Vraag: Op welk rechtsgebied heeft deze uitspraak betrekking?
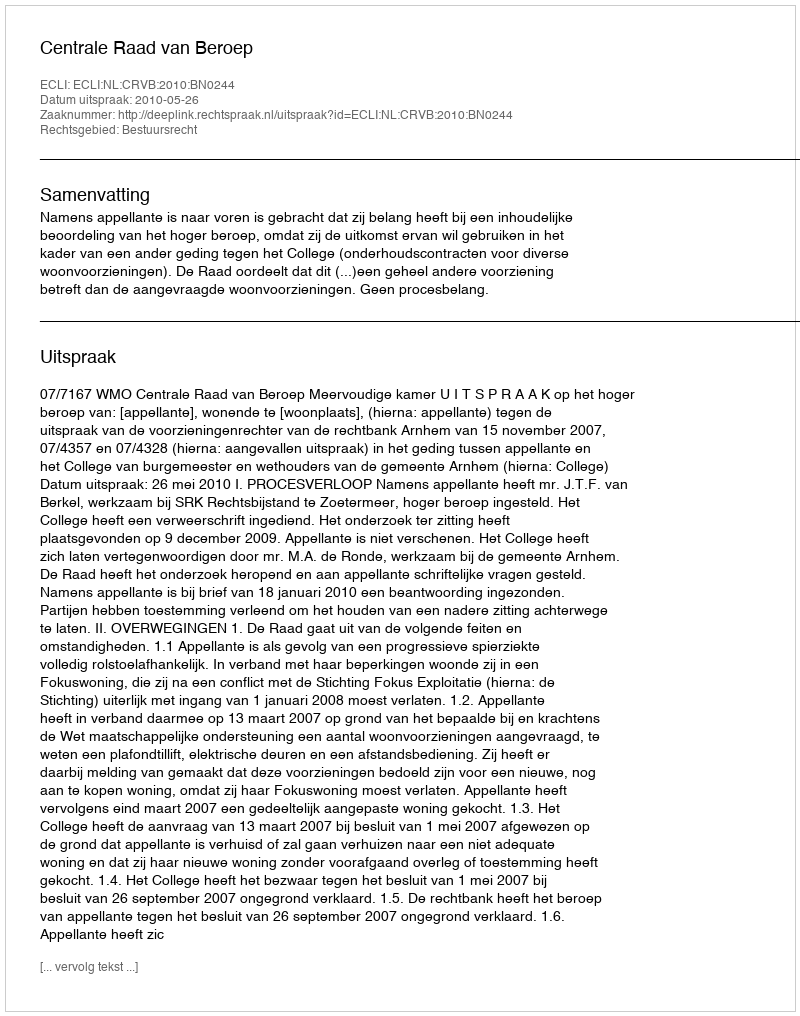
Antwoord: Bestuursrecht